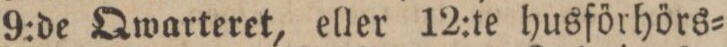
9:de Qwarteret, eller 12:te husförhörs=